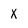
Character: X